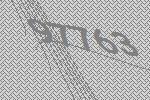
97763